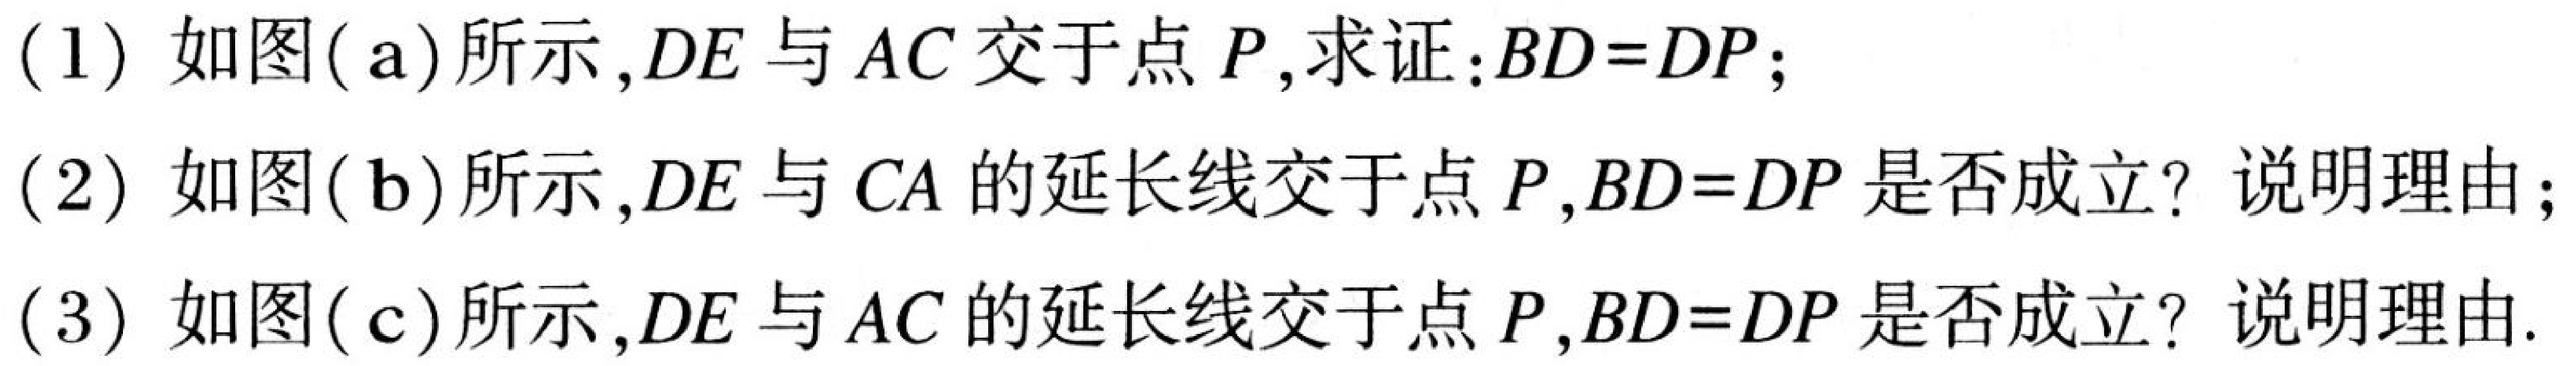
(1) 如图(a)所示,$DE$与$AC$交于点$P$,求证:$BD = DP$;
(2) 如图(b)所示,$DE$与$CA$的延长线交于点$P$,$BD = DP$是否成立? 说明理由;
(3) 如图(c)所示,$DE$与$AC$的延长线交于点$P$,$BD = DP$是否成立? 说明理由.